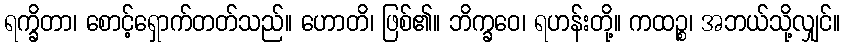
ရက္ခိတာ၊ စောင့်ရှောက်တတ်သည်။ ဟောတိ၊ ဖြစ်၏။ ဘိက္ခဝေ၊ ရဟန်းတို့။ ကထဉ္စ၊ အဘယ်သို့လျှင်။